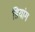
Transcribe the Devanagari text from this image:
डियांग